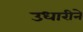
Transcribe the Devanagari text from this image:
उधारीने